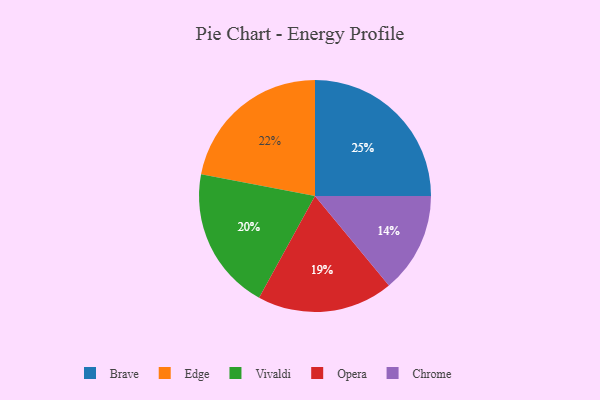
{"axis": {"x": "Category", "y": "Percentage"}, "legend": ["Brave", "Chrome", "Edge", "Opera", "Vivaldi"], "data": [{"x": "Edge", "y": 22, "type": "Edge"}, {"x": "Chrome", "y": 14, "type": "Chrome"}, {"x": "Opera", "y": 19, "type": "Opera"}, {"x": "Vivaldi", "y": 20, "type": "Vivaldi"}, {"x": "Brave", "y": 25, "type": "Brave"}]}